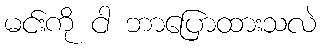
မင်းကို ငါ ဘာပြောထားသလဲ